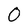
Character: 0